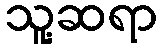
သူ့ဆရာ